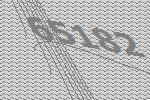
65182